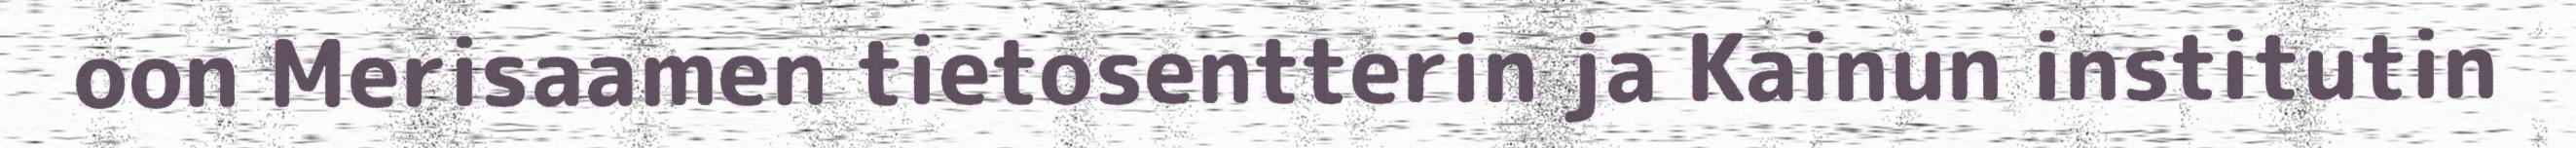
oon Merisaamen tietosentterin ja Kainun institutin